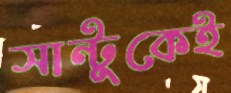
সান্টুকেই